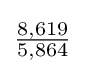
{\tfrac {8,619}{5,864}}